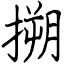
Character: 搠